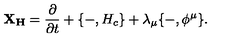
{ \bf X _ { H } } = { \frac { \partial } { \partial t } } + \{ - , H _ { c } \} + \lambda _ { \mu } \{ - , \phi ^ { \mu } \} .